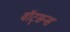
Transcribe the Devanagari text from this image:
वॉट्सन्स